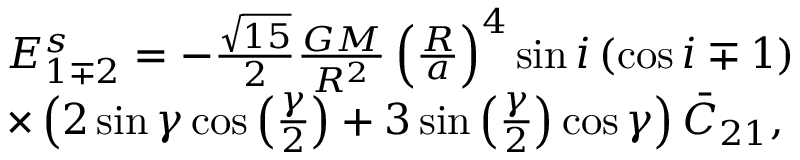
\begin{array} { r l } & { E _ { 1 \mp 2 } ^ { s } = - \frac { \sqrt { 1 5 } } { 2 } \frac { G M } { R ^ { 2 } } \left( \frac { R } { a } \right) ^ { 4 } \sin i \left( \cos i \mp 1 \right) } \\ & { \times \left( 2 \sin \gamma \cos \left( \frac { \gamma } { 2 } \right) + 3 \sin \left( \frac { \gamma } { 2 } \right) \cos \gamma \right) \bar { C } _ { 2 1 } , } \end{array}